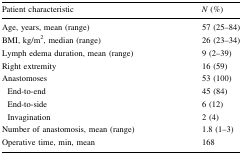
<table><thead><tr><td><b>Patient characteristic</b></td><td><b><i>N</i> (%)</b></td></tr></thead><tbody><tr><td>Age, years, mean (range)</td><td>57 (25–84)</td></tr><tr><td>BMI, kg/m<sup>2</sup>, median (range)</td><td>26 (23–34)</td></tr><tr><td>Lymph edema duration, mean (range)</td><td>9 (2–39)</td></tr><tr><td>Right extremity</td><td>16 (59)</td></tr><tr><td>Anastomoses</td><td>53 (100)</td></tr><tr><td> End-to-end</td><td>45 (84)</td></tr><tr><td> End-to-side</td><td>6 (12)</td></tr><tr><td> Invagination</td><td>2 (4)</td></tr><tr><td>Number of anastomosis, mean (range)</td><td>1.8 (1–3)</td></tr><tr><td>Operative time, min, mean</td><td>168</td></tr></tbody></table>